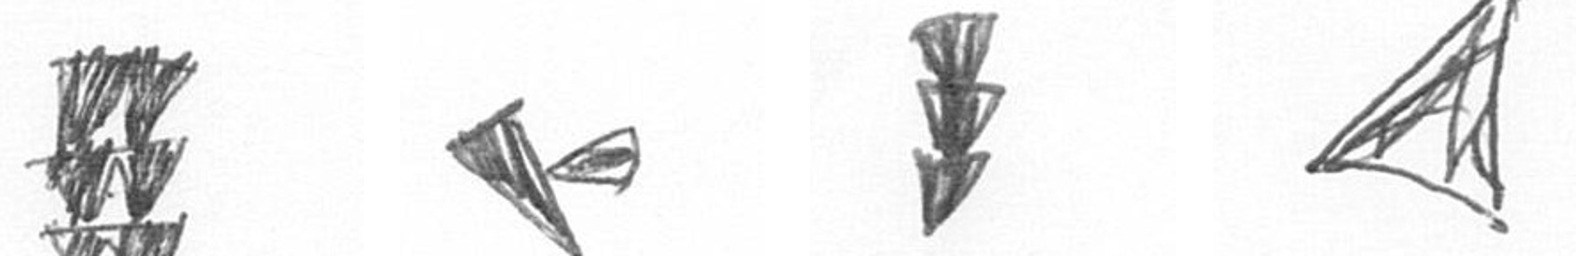
Y F E O